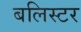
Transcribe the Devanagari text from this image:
बलिस्टर